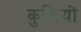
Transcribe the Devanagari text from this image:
कुक्षियों